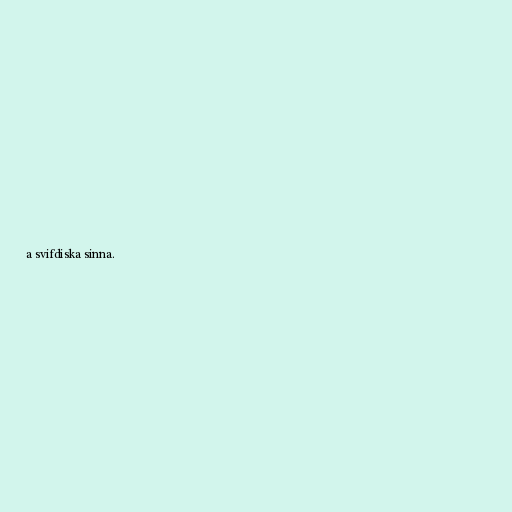
a svifdiska sinna.